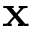
\mathbf { x }